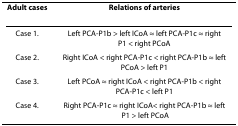
<table><thead><tr><td><b>Adult cases</b></td><td><b>Relations of arteries</b></td></tr></thead><tbody><tr><td>Case 1.</td><td>Left PCA-P1b &gt; left ICoA ≈ left PCA-P1c ≈ right P1 &lt; right PCoA</td></tr><tr><td>Case 2.</td><td>Right ICoA &lt; right PCA-P1c &lt; right PCA-P1b ≈ left PCoA &gt; left P1</td></tr><tr><td>Case 3.</td><td>Left PCoA ≈ right ICoA &lt; right PCA-P1b &lt; right PCA-P1c &lt; left P1</td></tr><tr><td>Case 4.</td><td>Right PCA-P1c ≈ right ICoA&lt; right PCA-P1b ≈ left P1 &gt; left PCoA</td></tr></tbody></table>